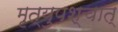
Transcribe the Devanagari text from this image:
मृत्युपश्चात्‌